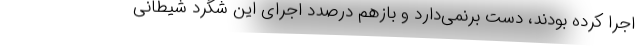
اجرا کرده بودند، دست برنمی‌دارد و بازهم درصدد اجرای این شگرد شیطانی